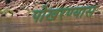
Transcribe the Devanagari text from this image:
पोखरण्यास